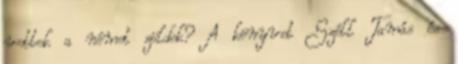
vettek a német zöldek? A könyvet Széll Tamás és